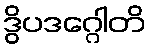
ဒွိပဒဂ္ဂေါတိ